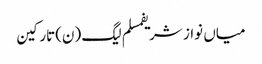
میاں نواز شریفمسلم لیگ (ن)تارکین